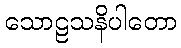
သောဠသနိပါတော